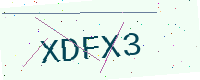
Text: XDFX3